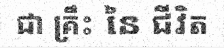
ជា គ្រឹះ នៃ ជីវិត